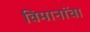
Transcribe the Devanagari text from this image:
विमानांंचा